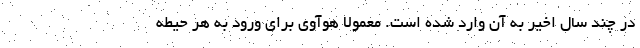
در چند سال اخیر به آن وارد شده است. معمولا هوآوی برای ورود به هر حیطه